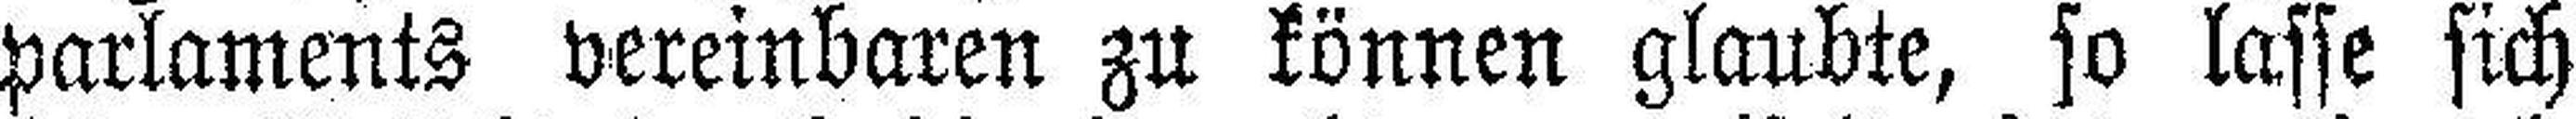
parlaments vereinbaren zu können glaubte, so lasse sich